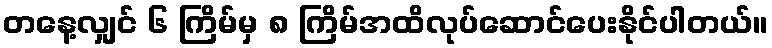
တနေ့လျှင် ၆ ကြိမ်မှ ၈ ကြိမ်အထိလုပ်ဆောင်ပေးနိုင်ပါတယ်။